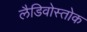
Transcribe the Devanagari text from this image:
लैडिवोस्तोक